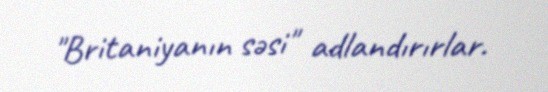
"Britaniyanın səsi" adlandırırlar.